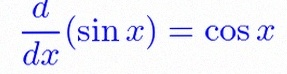
\frac{d}{dx}(\sin x)=\cos x